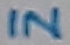
Text: IN